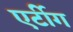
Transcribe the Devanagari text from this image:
एर्टीग